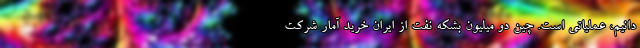
دانیم، عملیاتی است. چین دو میلیون بشکه نفت از ایران خرید آمار شرکت